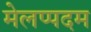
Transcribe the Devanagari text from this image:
मेलप्पदम